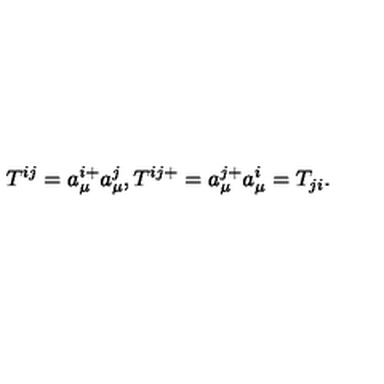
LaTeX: T ^ { i j } = a _ { \mu } ^ { i + } a _ { \mu } ^ { j } , T ^ { i j + } = a _ { \mu } ^ { j + } a _ { \mu } ^ { i } = T _ { j i } .